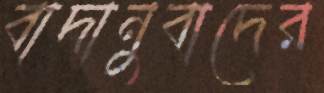
বাদানুবাদের